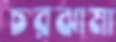
চরঝামা